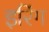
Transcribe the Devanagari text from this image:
इरिंग